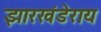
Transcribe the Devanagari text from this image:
झारखंडेराय